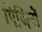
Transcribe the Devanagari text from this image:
पिजिनों